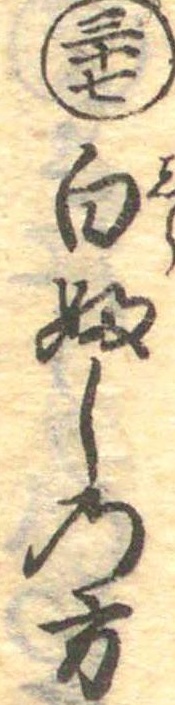
三十七白ふしの方